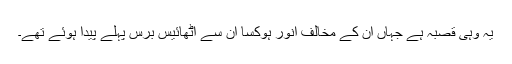
یہ وہی قصبہ ہے جہاں ان کے مخالف انور ہوکسا اُن سے اٹھائیس برس پہلے پیدا ہوئے تھے۔